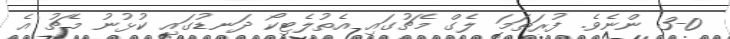
3-0 ންނެވެ. ފުރަތަމަ ލެގް މެޗުގައި އެތުލެޓިކޯ ދަނޑުގައި ކުޅުނު މެޗު އެ